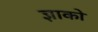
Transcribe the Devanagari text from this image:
ज्ञाको